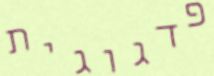
פדגוגית